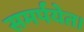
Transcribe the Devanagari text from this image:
समर्पयेत।